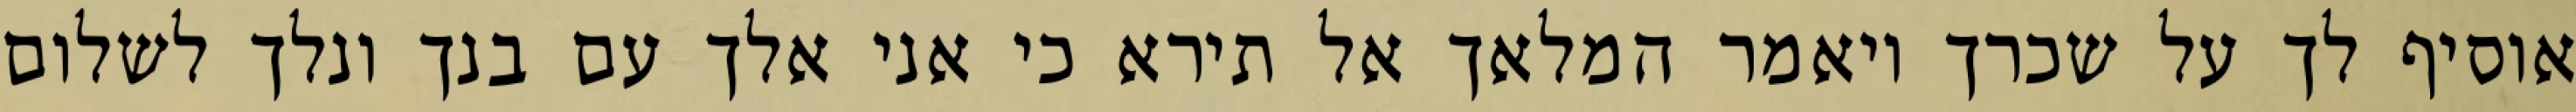
אוסיף לך על שכרך ויאמר המלאך אל תירא כי אני אלך עם בנך ונלך לשלום